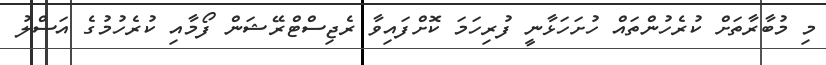
މި މުބާރާތަށް ކުރެހުންތައް ހުށަހަޅާނީ ފުރިހަމަ ކޮށްފައިވާ ރެޖިސްޓްރޭޝަން ފޯމާއި ކުރެހުމުގެ އަސްލު